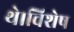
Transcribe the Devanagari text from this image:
थे।विशेष